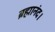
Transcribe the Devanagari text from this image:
ब्रह्मानंद।